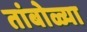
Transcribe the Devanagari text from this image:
तांबोळ्या